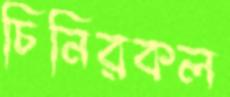
চিনিরকল